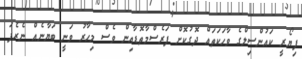
ފިޔޯރީ ކައުންސިލްގެ ވާހަކަތައް ދޮގުކޮށް ފަރެސްމާތޮޑާއިން ވެސް މިހާރު ވަނީ ބަޔާނެއް ނެރެފަ